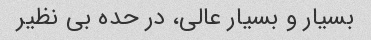
بسیار و بسیار عالی، در حده بی نظیر